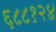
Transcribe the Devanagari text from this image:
६८८१२४